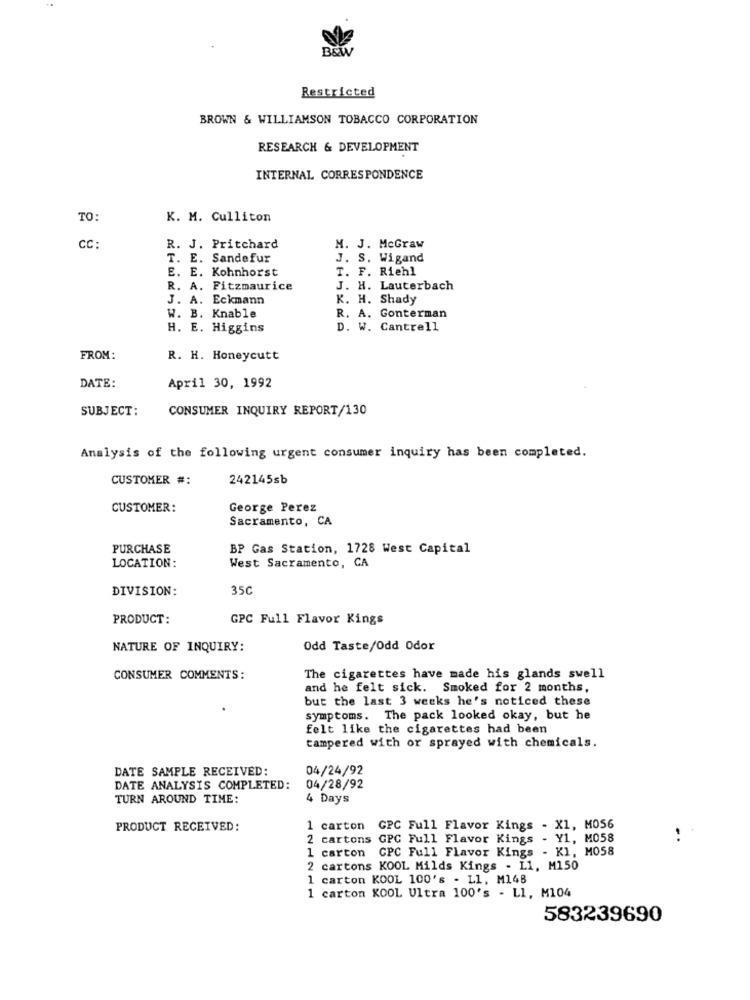
B&W
Restricted
BROWN & WILLIAMSON TOBACCO CORPORATION
RESEARCH & DEVELOPMENT
INTERNAL CORRESPONDENCE
TO:
K. M. Culliton
cc:
R. J. Pritchard
M. J. McGraw
T. E. Sandefur
J. S. Wigand
E. E. Kohnhorst
T. F. Riehl
R. A. Fitzmaurice
J. H. Lauterbach
J. A. Eckmann
K. H. Shady
W. B. Knable
R. A. Gonterman
H. E. Higgins
D. W. Cantrell
FROM:
R. H. Honeycutt
DATE:
April 30, 1992
SUBJECT:
CONSUMER INQUIRY REPORT/130
Analysis of the following urgent consumer inquiry has been completed.
CUSTOMER #:
242145sb
CUSTOMER:
George Perez
Sacramento, CA
PURCHASE
BP Gas Station, 1728 West Capital
LOCATION:
West Sacramento, CA
DIVISION:
35C
PRODUCT:
GPC Full Flavor Kings
NATURE OF INQUIRY:
Odd Taste/Odd Odor
CONSUMER COMMENTS:
The cigarettes have made his glands swell
and he felt sick. Smoked for 2 months,
but the last 3 weeks he's noticed these
symptoms. The pack looked okay, but he
felt like the cigarettes had been
tampered with or sprayed with chemicals.
DATE SAMPLE RECEIVED:
04/24/92
DATE ANALYSIS COMPLETED:
04/28/92
TURN AROUND TIME:
4 Days
PRODUCT RECEIVED:
1 carton
GPC Full Flavor Kings - X1, M056
2 cartons GPC Full Flavor Kings - Y1, M058
1 carton CPC Full Flavor Kings - KI, MO58
2 cartons KOOL Milds Kings - L1, M150
1 carton KOOL 100's - L1, M148
1 carton KOOL Ultra 100's - LI, M104
583239690